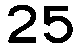
25